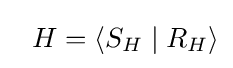
\ \ H=\langle S_{H}\mid R_{H}\rangle